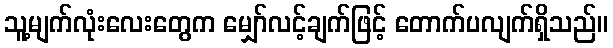
သူ့မျက်လုံးလေးတွေက မျှော်လင့်ချက်ဖြင့် တောက်ပလျက်ရှိသည်။